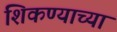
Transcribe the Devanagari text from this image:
शिकण्याच्‍या